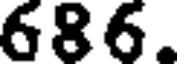
686.